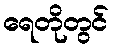
ရေတိုတွင်